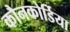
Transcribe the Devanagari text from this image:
कौनकोर्डिया